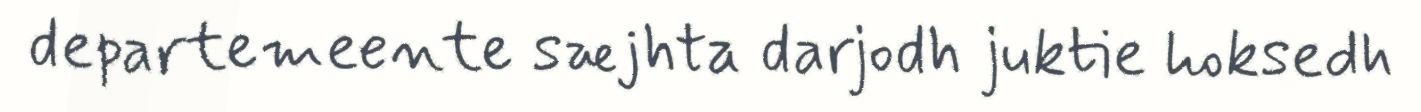
departemeente sæjhta darjodh juktie hoksedh